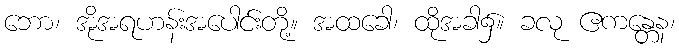
ဘော၊ အိုအရဟန်းအပေါင်းတို့။ အထခေါ၊ ထိုအခါ၌။ ခလု ဧကန္တေန၊